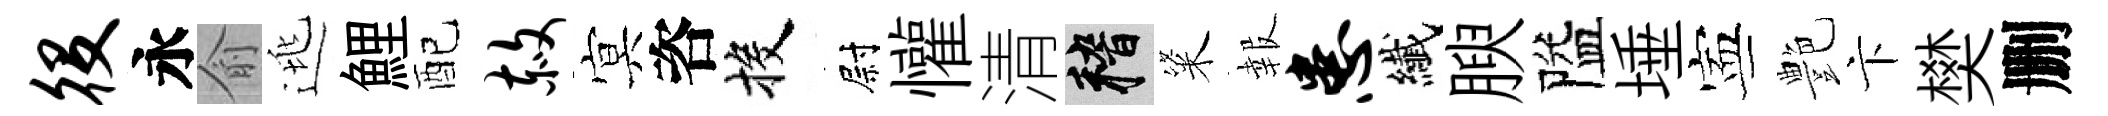
役永俞逃鯉配赦㝠咨投尉懽清稽粢報患纎腴隘埵寕艶卞樊删